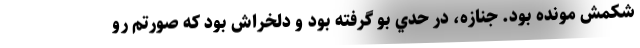
شكمش مونده بود. جنازه، در حدي بو گرفته بود و دلخراش بود كه صورتم رو